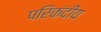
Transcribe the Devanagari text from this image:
परिकंदीय